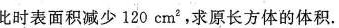
此时表面积减少120cm^{2} ，求原长方体的体积。